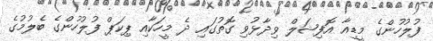
ފުލުހުންގެ މީޑިއާ އޮފިޝަލް ވިދާޅުވި ގޮތުގައި ދެ މީހަކާއި ޕިކަޕް ފުލުހުންގެ ބެލުމުގެ